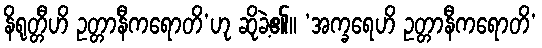
နိရုတ္တီဟိ ဥတ္တာနီကရောတိ’ဟု ဆိုခဲ့၏။ ‘အက္ခရေဟိ ဥတ္တာနီကရောတိ’